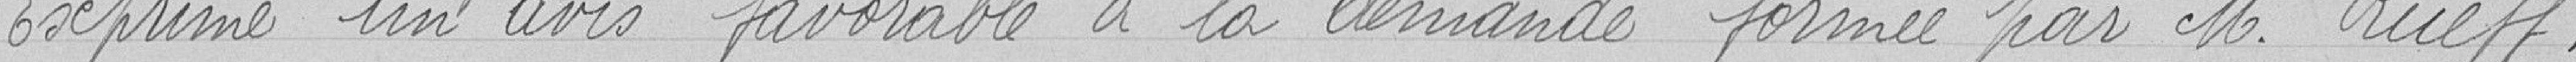
Exprime un avis favorable à la demande formée par Monsieur Rueff.